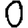
Digit: 0